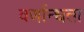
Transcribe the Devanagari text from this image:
वर्णान्धता